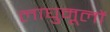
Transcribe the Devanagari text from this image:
लाघुमूलों